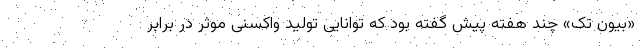
«بیون تک» چند هفته پیش گفته بود که توانایی تولید واکسنی موثر در برابر